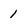
Character: 1